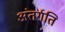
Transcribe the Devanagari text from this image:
अंतर्गति